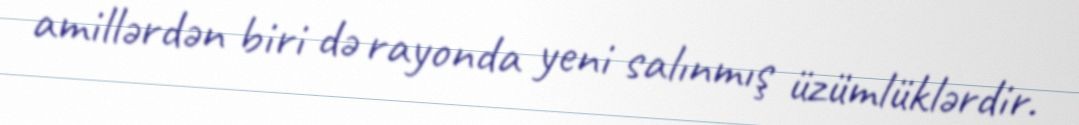
amillərdən biri də rayonda yeni salınmış üzümlüklərdir.